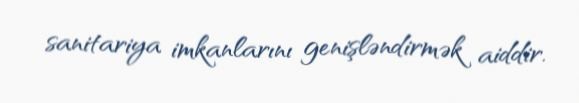
sanitariya imkanlarını genişləndirmək aiddir.